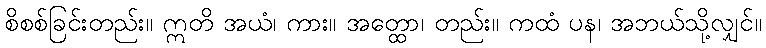
စိစစ်ခြင်းတည်း။ ဣတိ အယံ၊ ကား။ အတ္ထော၊ တည်း။ ကထံ ပန၊ အဘယ်သို့လျှင်။